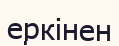
еркінен